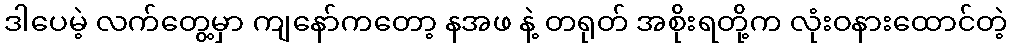
ဒါပေမဲ့ လက်တွေ့မှာ ကျနော်ကတော့ နအဖ နဲ့ တရုတ် အစိုးရတို့က လုံးဝနားထောင်တဲ့